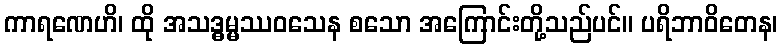
ကာရဏေဟိ၊ ထို အသဒ္ဓမ္မဿဝသေန စသော အကြောင်းတို့သည်ပင်။ ပရိဘာဝိတေန၊